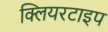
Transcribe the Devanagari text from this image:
क्लियरटाइप